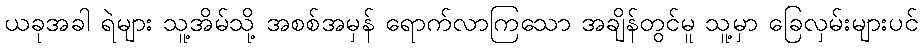
ယခုအခါ ရဲများ သူ့အိမ်သို့ အစစ်အမှန် ရောက်လာကြသော အချိန်တွင်မူ သူ့မှာ ခြေလှမ်းများပင်